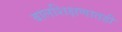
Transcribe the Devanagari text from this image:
बालशिक्षणातही